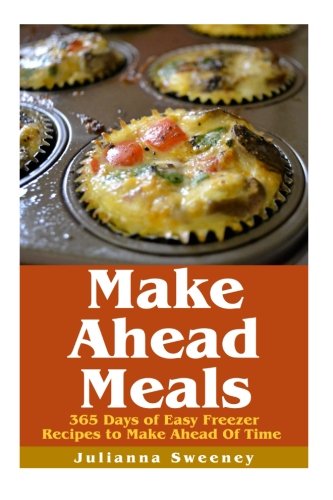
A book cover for Make Ahead Meals: 365 Days of Quick & Easy, Make Ahead Freezer Meals; Julianna Sweeney; Cookbooks, Food & Wine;